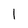
Character: 1